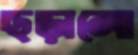
ছড়ালো